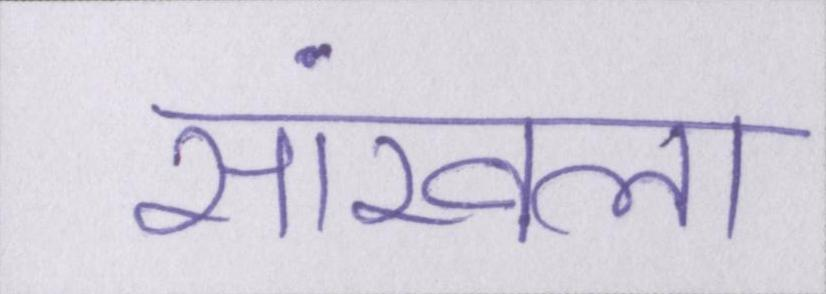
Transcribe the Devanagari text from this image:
सांखला